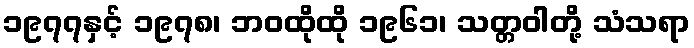
၁၉၇၇နှင့် ၁၉၇၈၊ ဘဝထိုထို ၁၉၆၁၊ သတ္တဝါတို့ သံသရာ